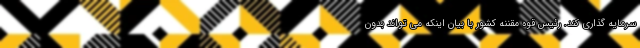
سرمایه گذاری کند. رئیس قوه مقننه کشور با بیان اینکه می تواند بدون